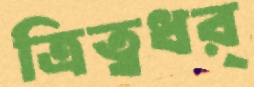
ত্রিত্বধর্